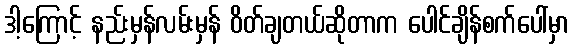
ဒါ့ကြောင့် နည်းမှန်လမ်းမှန် ဝိတ်ချတယ်ဆိုတာက ပေါင်ချိန်စက်ပေါ်မှာ